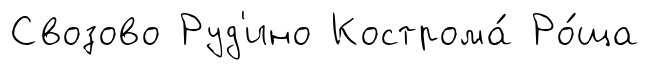
Свозово Руд'ино Кострома́ Ро́ща